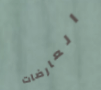
العارضات